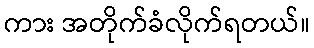
ကား အတိုက်ခံလိုက်ရတယ်။